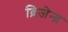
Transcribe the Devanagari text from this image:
ब्रिजेन्द्र